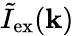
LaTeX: \tilde{I}_{\mathrm{ex}}(\mathbf{k})